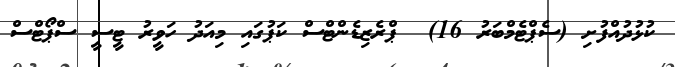
ކުޅުދުއްފުށި (ސެޕްޓެމްބަރު 16)  ޕްރެޒިޑެންޓްސް ކަޕުގައި މިއަދު ހަވީރު ޓީސީ ސްޕޯޓްސް